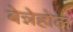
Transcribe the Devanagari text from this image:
बेन्नेहोल